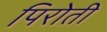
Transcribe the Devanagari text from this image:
पिरोती